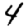
Digit: 4